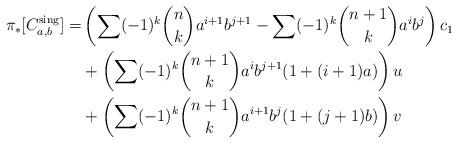
LaTeX: \begin{align*}\pi_*[C^{\rm sing}_{a,b}]=&\left( \sum (-1)^k\binom{n}{k}a^{i+1}b^{j+1} - \sum (-1)^k\binom{n+1}{k}a^ib^j \right)c_1\\&+\left( \sum (-1)^k\binom{n+1}{k}a^ib^{j+1} (1+(i+1)a) \right)u\\&+\left( \sum (-1)^k\binom{n+1}{k}a^{i+1}b^j (1+(j+1)b) \right)v\end{align*}